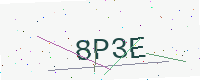
Text: 8P3E